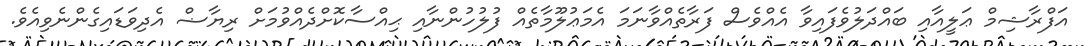
އަފްރާޝިމް ޢަލީއާއި ބައްދަލުވެފައިވާ އެއްވެސް ފަރާތެއްވާނަމަ އެމަޢުލޫމާތެއް ފުލުހުންނާއި ޙިއްސާކޮށްދެއްވުމަށް ރިޔާޟް އެދިވަޑައިގެންނެވިއެވެ.